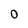
Character: 0